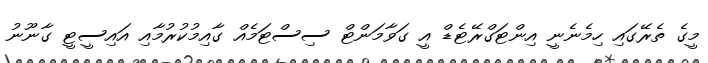
މީގެ ތެރޭގައި ހިމެނެނީ އިންޓަގްރޭޓެޑް އީ ގަވާމަންޓް ސިސްޓަމެއް ގާއިމުކުރުމާއި އައިސީޓީ ގާނޫނު